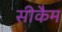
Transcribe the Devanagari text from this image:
सीकैम